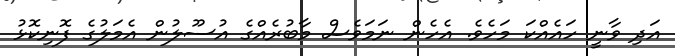
އަދި ވާނީ ހައެއްކަ މަހެވެ. އެހެން ނަމަވެސް މާބުރެއްގެ އުސޫލުން އެމަލުގެ ފޮނިކޮޅު